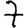
Digit: 7